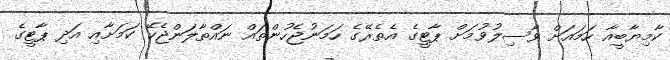
ކާމިޔާބީއާ ހަމައަށް ވާސިލުވުމަށް ޕާޓީގެ އެތެރޭގެ ހަމަނުޖެހުންތައް ނައްތާލަންޖެހޭ ކަމަށާއި އަދި ޕާޓީގެ